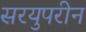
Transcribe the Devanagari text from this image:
सरयुपरीन